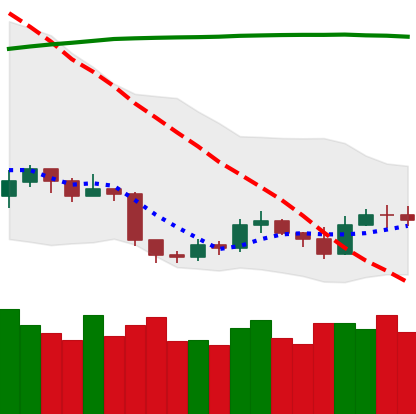
Ticker: ETH-USD
Chart end date: 2019-09-10
Forward return: 5.563%
Label: up_5_7